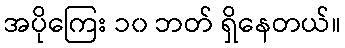
အပိုကြေး ၁၀ ဘတ် ရှိနေတယ်။